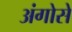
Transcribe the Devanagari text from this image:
अंगोसे